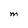
Character: M